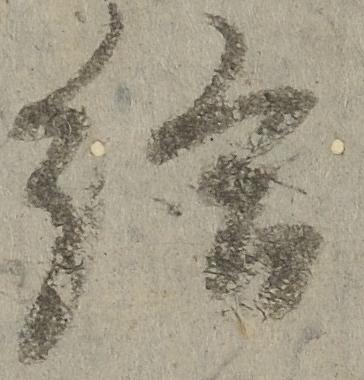
給